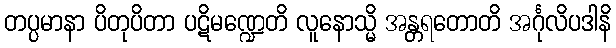
တပ္ပမာနာ ပိတုပိတာ ပဋိမဏ္ဍေတိ လူနောသ္မိ အန္တရတောတိ အင်္ဂုလိပဒါနိ